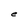
Character: e